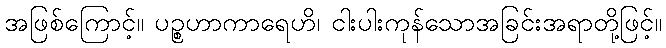
အဖြစ်ကြောင့်။ ပဉ္စဟာကာရေဟိ၊ ငါးပါးကုန်သောအခြင်းအရာတို့ဖြင့်။